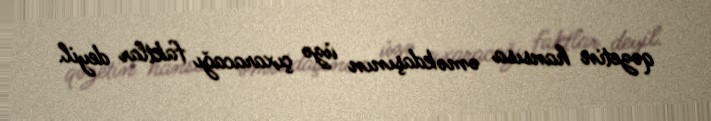
qəzetin hansısa əməkdaşının üzə çıxaracağı faktlar deyil.